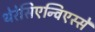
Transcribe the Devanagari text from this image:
थेरेसिएन्विएस्से